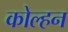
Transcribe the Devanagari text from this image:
कोल्हन